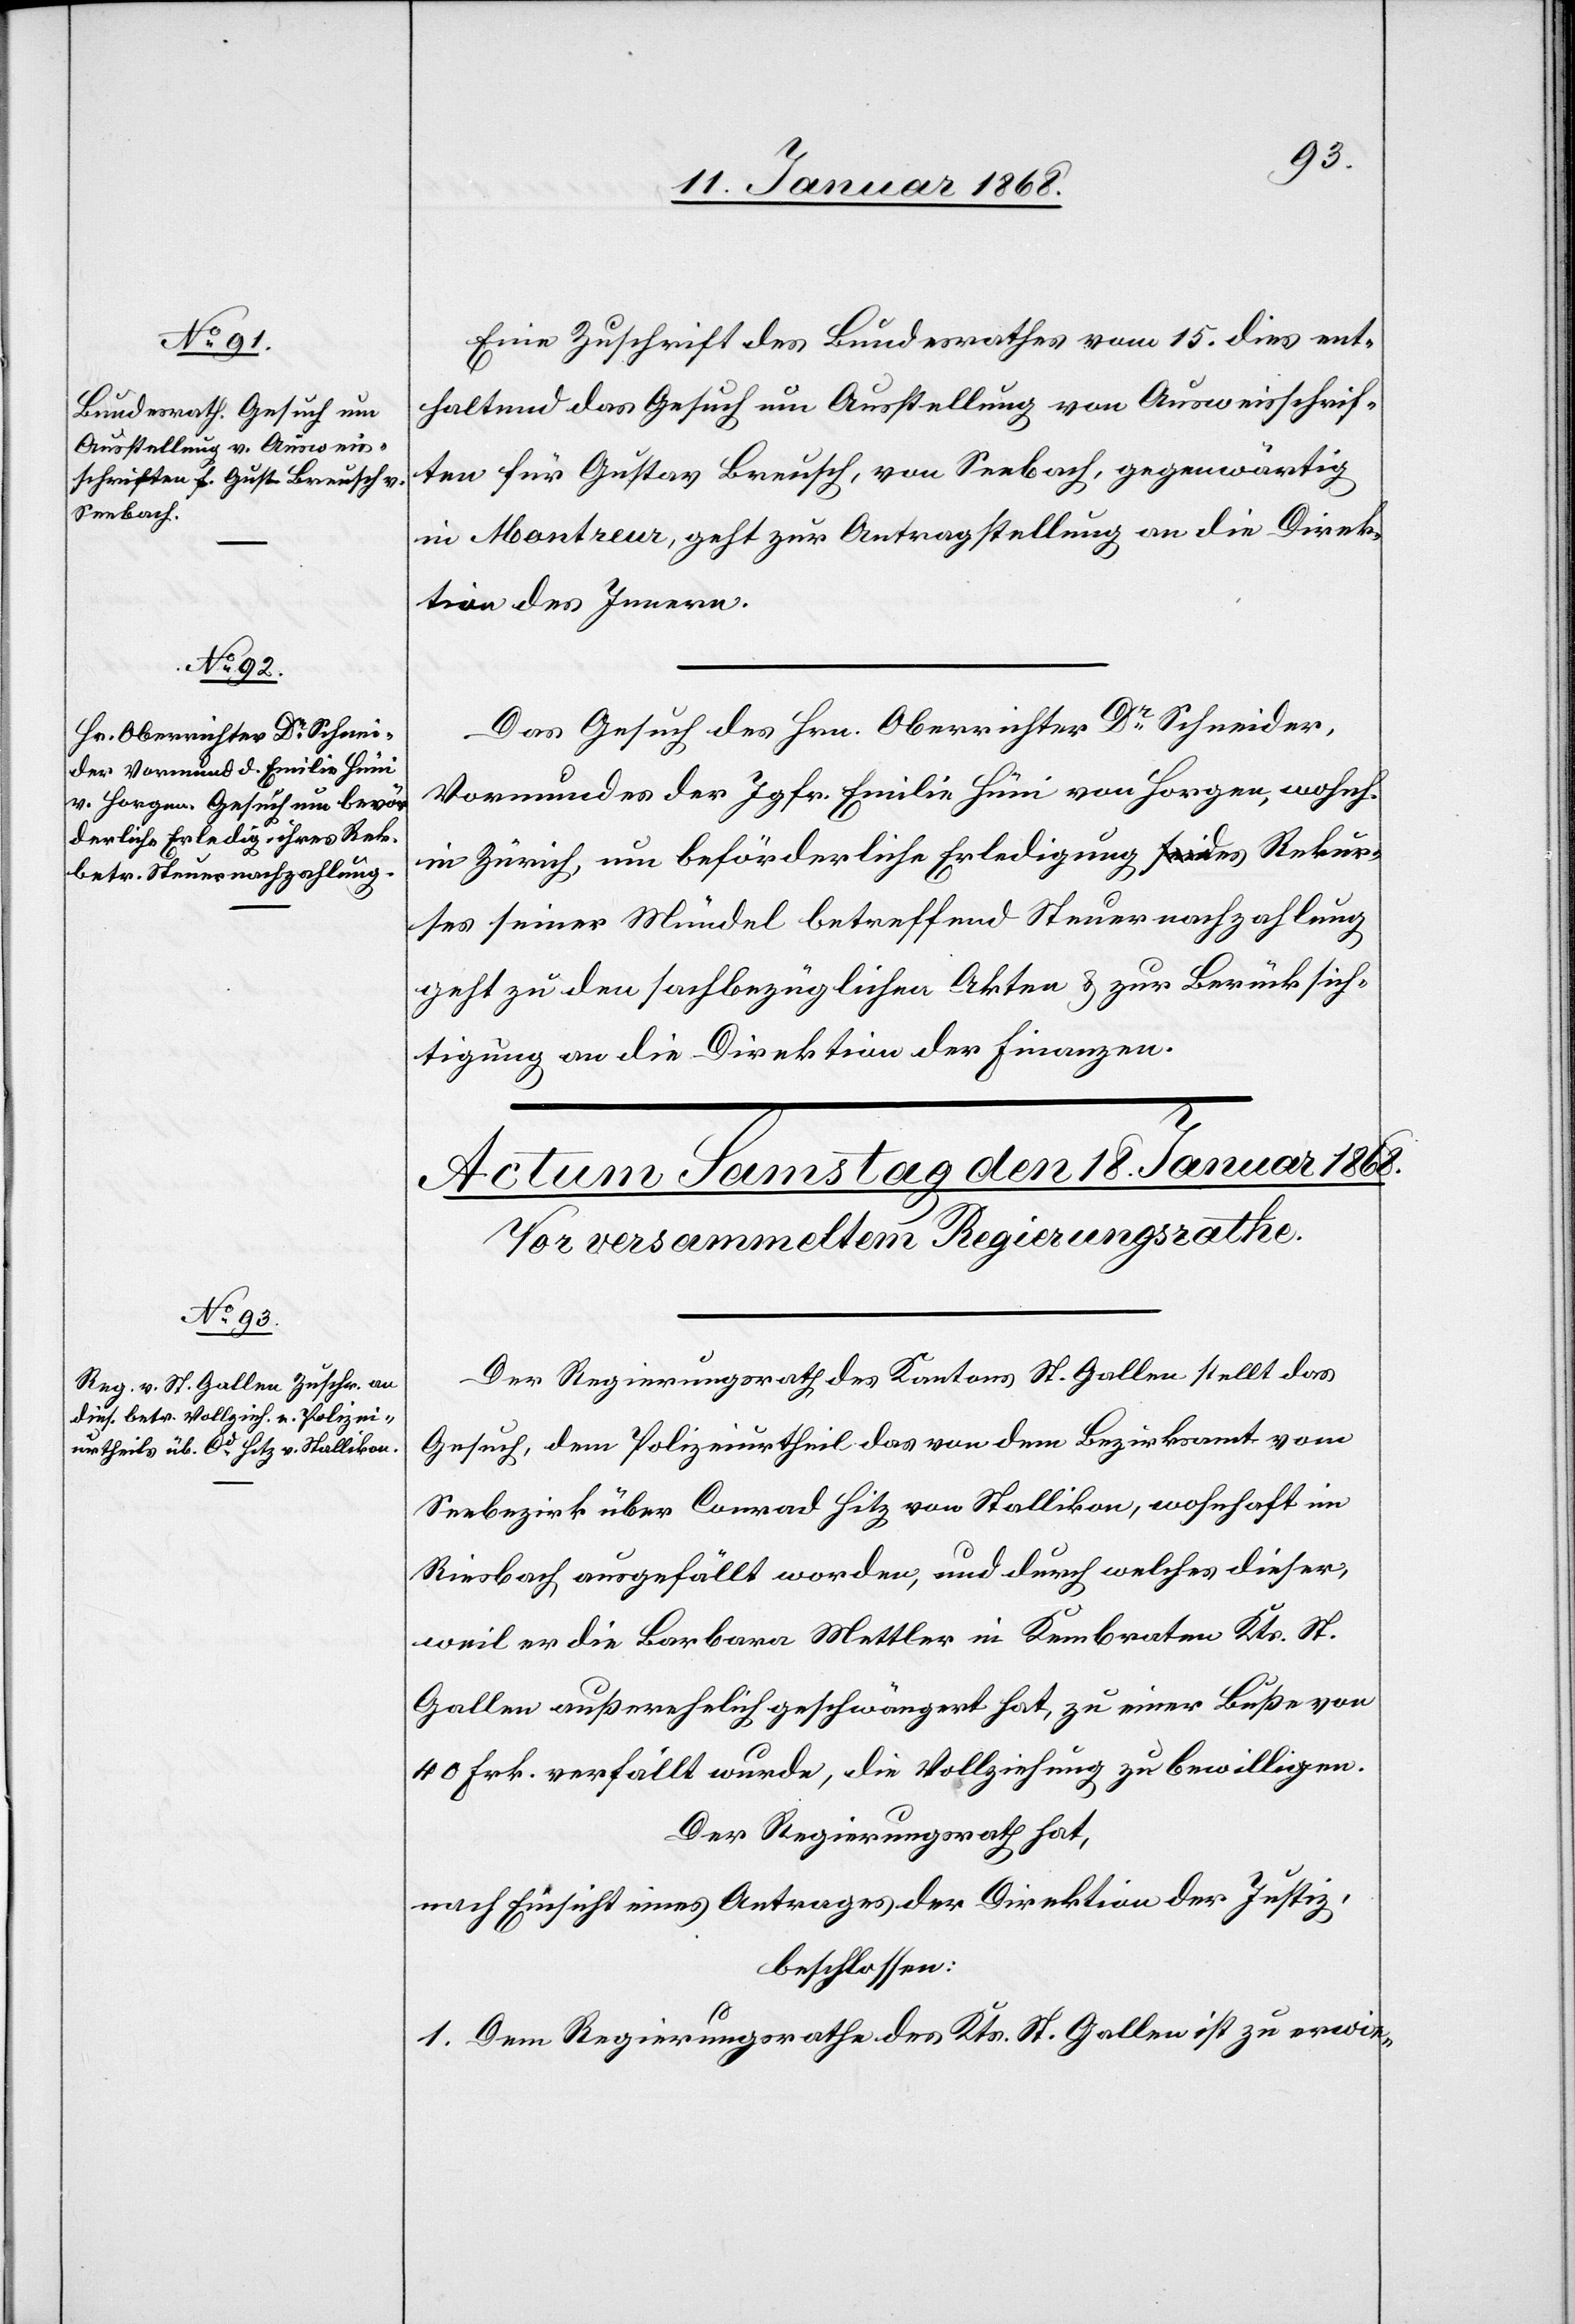
17. Januar 1868.]
Eine Zuschrift des Bundesrathes vom 15. dies ent¬
haltend das Gesuch um Ausstellung von Ausweisschrif¬
ten für Gustav Breusch, von Seebach, gegenwärtig
in Montreur, geht zur Antragstellung an die Direk¬
tion des Innern.
Das Gesuch des Hrn. Oberrichter Dr. Schneider,
Vormundes der Jgfr. Emilie Hüni von Horgen, wohnh.
in Zürich, um beförderliche Erledigung des Rekur¬
ses seiner Mündel betreffend Steuernachzahlung
geht zu den sachbezüglichen Akten & zur Berücksich¬
tigung an die Direktion der Finanzen.
Der Regierungsrath des Kantons St. Gallen stellt das
Gesuch, dem Polizeiurtheil das von dem Bezirksamt vom
Seebezirk über Conrad Hitz von Stallikon, wohnhaft im
Riesbach ausgefällt worden, und durch welches dieser,
weil er die Barbara Mettler in Kembraten Kts. St.
Gallen außerehelich geschwängert hat, zu einer Buße von
40 Frk. verfällt wurde, die Vollziehung zu bewilligen.
Der Regierungsrath hat,
nach Einsicht eines Antrages der Direktion der Justiz,
beschlossen:
1. Dem Regierungsrathe des Kts. St. Gallen ist zu erwie-